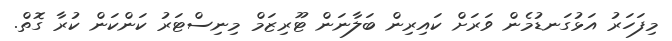
މިފަހަރު އަޅުގަނޑުމެން ވަރަށް ކައިރިން ބަލާނަން ޓޫރިޒަމް މިނިސްޓަރު ކަންކަން ކުރާ ގޮތް.